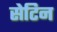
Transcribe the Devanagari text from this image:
सेटिन